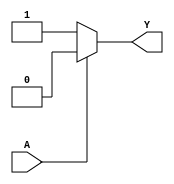
module single_variable_kmap (
    input wire A,   // Single binary input
    output wire Y   // Output of the logic function
);

// Define the K-map values for each state of A
// You can adjust these values based on the desired logic function
parameter KMAP_A0 = 1'b1; // Output when A = 0 (Cell 0)
parameter KMAP_A1 = 1'b0; // Output when A = 1 (Cell 1)

// Combinational logic to determine output Y
assign Y = (A == 1'b0) ? KMAP_A0 : KMAP_A1;

endmodule